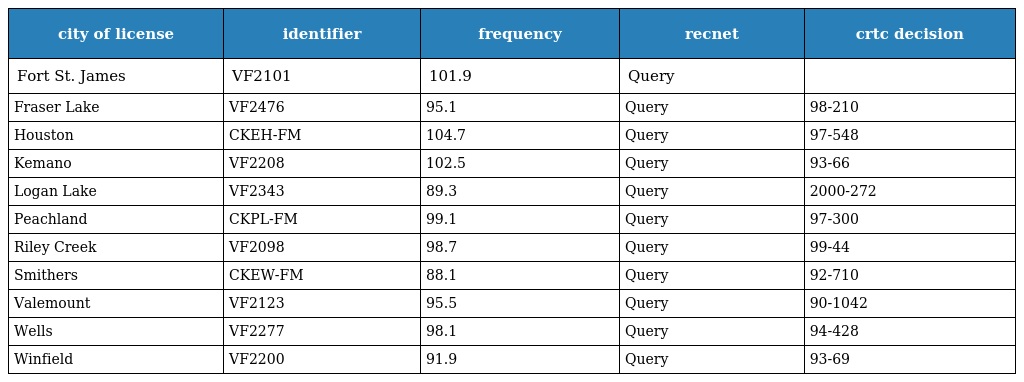
| city of license | identifier | frequency | recnet | crtc decision |
 | --- | --- | --- | --- | --- |
 | Fort St. James | VF2101 | 101.9 | Query |  |
 | Fraser Lake | VF2476 | 95.1 | Query | 98-210 |
 | Houston | CKEH-FM | 104.7 | Query | 97-548 |
 | Kemano | VF2208 | 102.5 | Query | 93-66 |
 | Logan Lake | VF2343 | 89.3 | Query | 2000-272 |
 | Peachland | CKPL-FM | 99.1 | Query | 97-300 |
 | Riley Creek | VF2098 | 98.7 | Query | 99-44 |
 | Smithers | CKEW-FM | 88.1 | Query | 92-710 |
 | Valemount | VF2123 | 95.5 | Query | 90-1042 |
 | Wells | VF2277 | 98.1 | Query | 94-428 |
 | Winfield | VF2200 | 91.9 | Query | 93-69 |